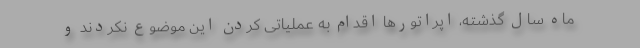
ماه سال گذشته، اپراتورها اقدام به عملیاتی کردن این موضوع نکردند و